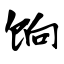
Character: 饷